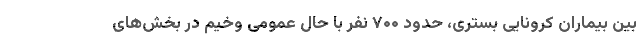
بین بیماران کرونایی بستری، حدود ۷۰۰ نفر با حال عمومی وخیم در بخش‌های